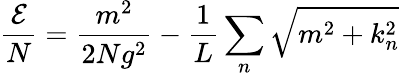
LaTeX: \frac{{\cal E}}{N}=\frac{m^{2}}{2Ng^{2}}-\frac{1}{L}\sum_{n}\sqrt{m^{2}+k_{n}^{2}}